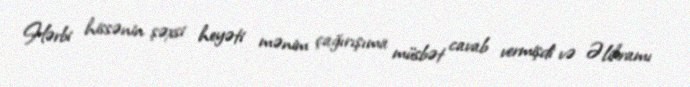
Hərbi hissənin şəxsi heyəti mənim çağırışıma müsbət cavab vermişdi və Əlikramı